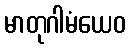
မာတုဂါမံယေဝ